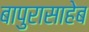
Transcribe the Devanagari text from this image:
बापुरासाहेब